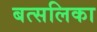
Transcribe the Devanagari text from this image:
बत्सलिका